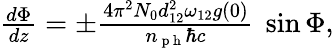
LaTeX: \begin{array}{r}{\frac{d\Phi}{dz}=\pm\frac{4\pi^{2}N_{0}d_{12}^{2}\omega_{12}g(0)}{n_{\mathrm{~p~h~}}\hbar c}\ \sin\Phi,}\end{array}